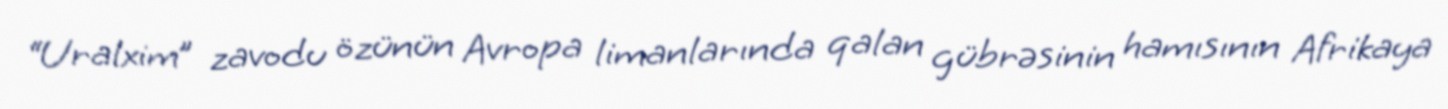
“Uralxim” zavodu özünün Avropa limanlarında qalan gübrəsinin hamısının Afrikaya